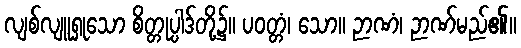
လျစ်လျူရှုသော စိတ္တုပ္ပါဒ်တို့၌။ ပဝတ္တံ၊ သော။ ဉာဏံ၊ ဉာဏ်မည်၏။